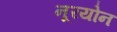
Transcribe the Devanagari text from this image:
नूरयोन